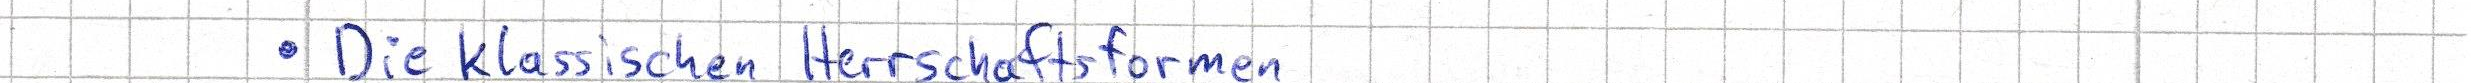
- Die klassischen Herrschaftsformen